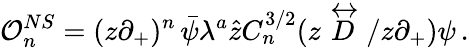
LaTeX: {\cal O}_{n}^{NS}=(z\partial_{+})^{n}\, \bar{\psi}\lambda^{a}\hat{z}C_{n}^{3/2}(z\stackrel{\leftrightarrow}{D}/z\partial_{+})\psi\, .